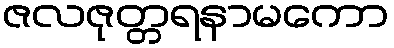
ဇလဇုတ္တရနာမကော